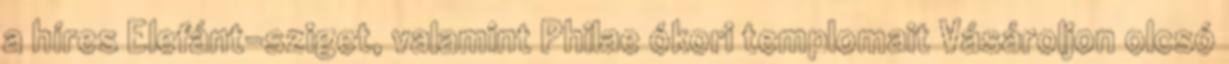
a híres Elefánt-sziget, valamint Philae ókori templomait Vásároljon olcsó